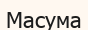
Масума